Indian journal of veterinary science and animal husbandry - Volumes 22-23, 1952-1953
Year: 1952
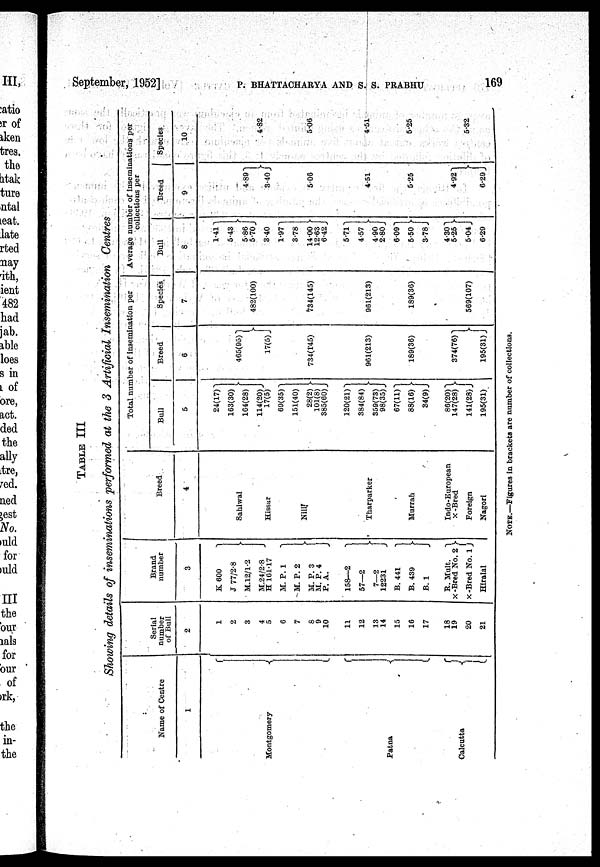
September, 1952] P. BHATTACHARYA AND S. S. PRABHU 169
TABLE III
Showing details of inseminations performed at the 3 Artificial Insemination Centres
Name of Centre
1
Montgomery
Patna
Calcutta
Serial
number
of Bull
2
1
2
3
4
5
6
7
8
9
10
11
12
13
14
15
16
17
18
19
20
21
Brand
number
3
K 600
J 77/2.8
M.12/1.2
M.24/2.8
H 161.17
M.
P.1
M. P. 2
M. P. 3
M. P. 4
P. A.
158—2
57—2
7—2
12231
B.
441
B. 439
B.1
B. Mult.
X -Bred No. 2
X-Bred No. 1
Hiralal
Breed
4
Sahiwal
Hissar
Nili
Tharparker
Murrah
Indo-European
X -Bred
Foreign
Nagori
Total number of insemination per
Bull
5
24(17)
163(30)
164(28)
114(20)
17(5)
69(35)
151(40)
28(2)
101(8)
385(60)
120(21)
384(84)
359(73)
98(35)
67(11)
88(16)
34(9)
86(20)
147(28)
141(28)
195(31)
Breed
6
465(95)
17(5)
734(145)
961(213)
189(36)
374(76)
195(31)
Species
7
482(100)
734(145)
961(213)
189(36)
569(107)
Average number of inseminations per collection per
Bull
8
1.41
5.43
5.86
5.70
3.40
1.97
3.78
14.00
12.63
6.42
5.71
4.57
4.90
2.80
6.09
5.50
3.78
4.30
5.25
5.04
6.29
Breed
9
4.89
3.40
5.06
4.51
5.25
4.92
6.29
Species
10
4.82
5.06
4.51
5.25
5.32
NOTE.—Figures in brackets are number of collections.